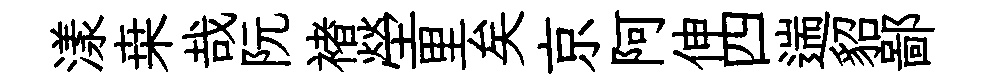
漾桒哉阮褚塋里矣京阿伸四遄貂鄙